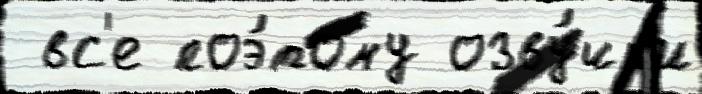
 вс'е поэ́тому озву́чк'и